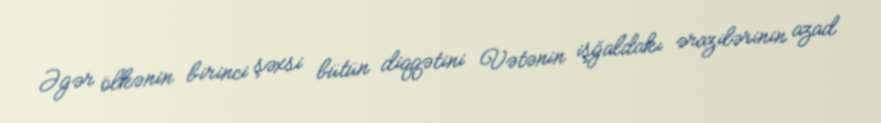
Əgər ölkənin birinci şəxsi bütün diqqətini Vətənin işğaldakı ərazilərinin azad